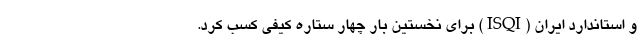
و استاندارد ايران (ISQI) برای نخستین بار چهار ستاره كيفي كسب كرد.